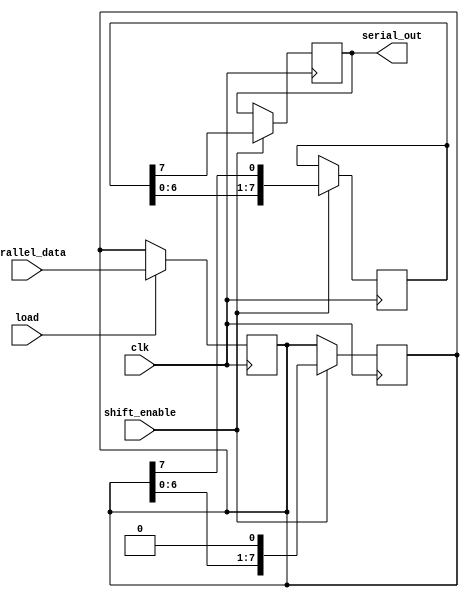
module TwoStagePISO #(
    parameter DATA_WIDTH = 8  // Define the width of the input data bus
)(
    input wire clk,            // Clock signal
    input wire load,           // Load signal to capture parallel data
    input wire shift_enable,   // Shift enable signal for serial output
    input wire [DATA_WIDTH-1:0] parallel_data, // Parallel input data
    output reg serial_out       // Serial output
);

    // Stage 1: Parallel Input Stage
    reg [DATA_WIDTH-1:0] parallel_reg;

    // Stage 2: Shift Register Stage
    reg [DATA_WIDTH-1:0] shift_reg;

    // Load data into the parallel register on load signal
    always @(posedge clk) begin
        if (load) begin
            parallel_reg <= parallel_data; // Load parallel data
        end
    end

    // Shift data on the shift enable signal
    always @(posedge clk) begin
        if (shift_enable) begin
            shift_reg <= {shift_reg[DATA_WIDTH-2:0], parallel_reg[DATA_WIDTH-1]};
            parallel_reg <= {parallel_reg[DATA_WIDTH-2:0], 1'b0}; // Shift out MSB
        end
    end

    // Output the MSB of the shift register
    always @(posedge clk) begin
        if (shift_enable) begin
            serial_out <= shift_reg[DATA_WIDTH-1]; // Output the MSB
        end
    end

endmodule